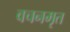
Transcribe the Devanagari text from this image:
वचनमृत